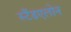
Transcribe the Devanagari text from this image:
स्टैंडएलोन